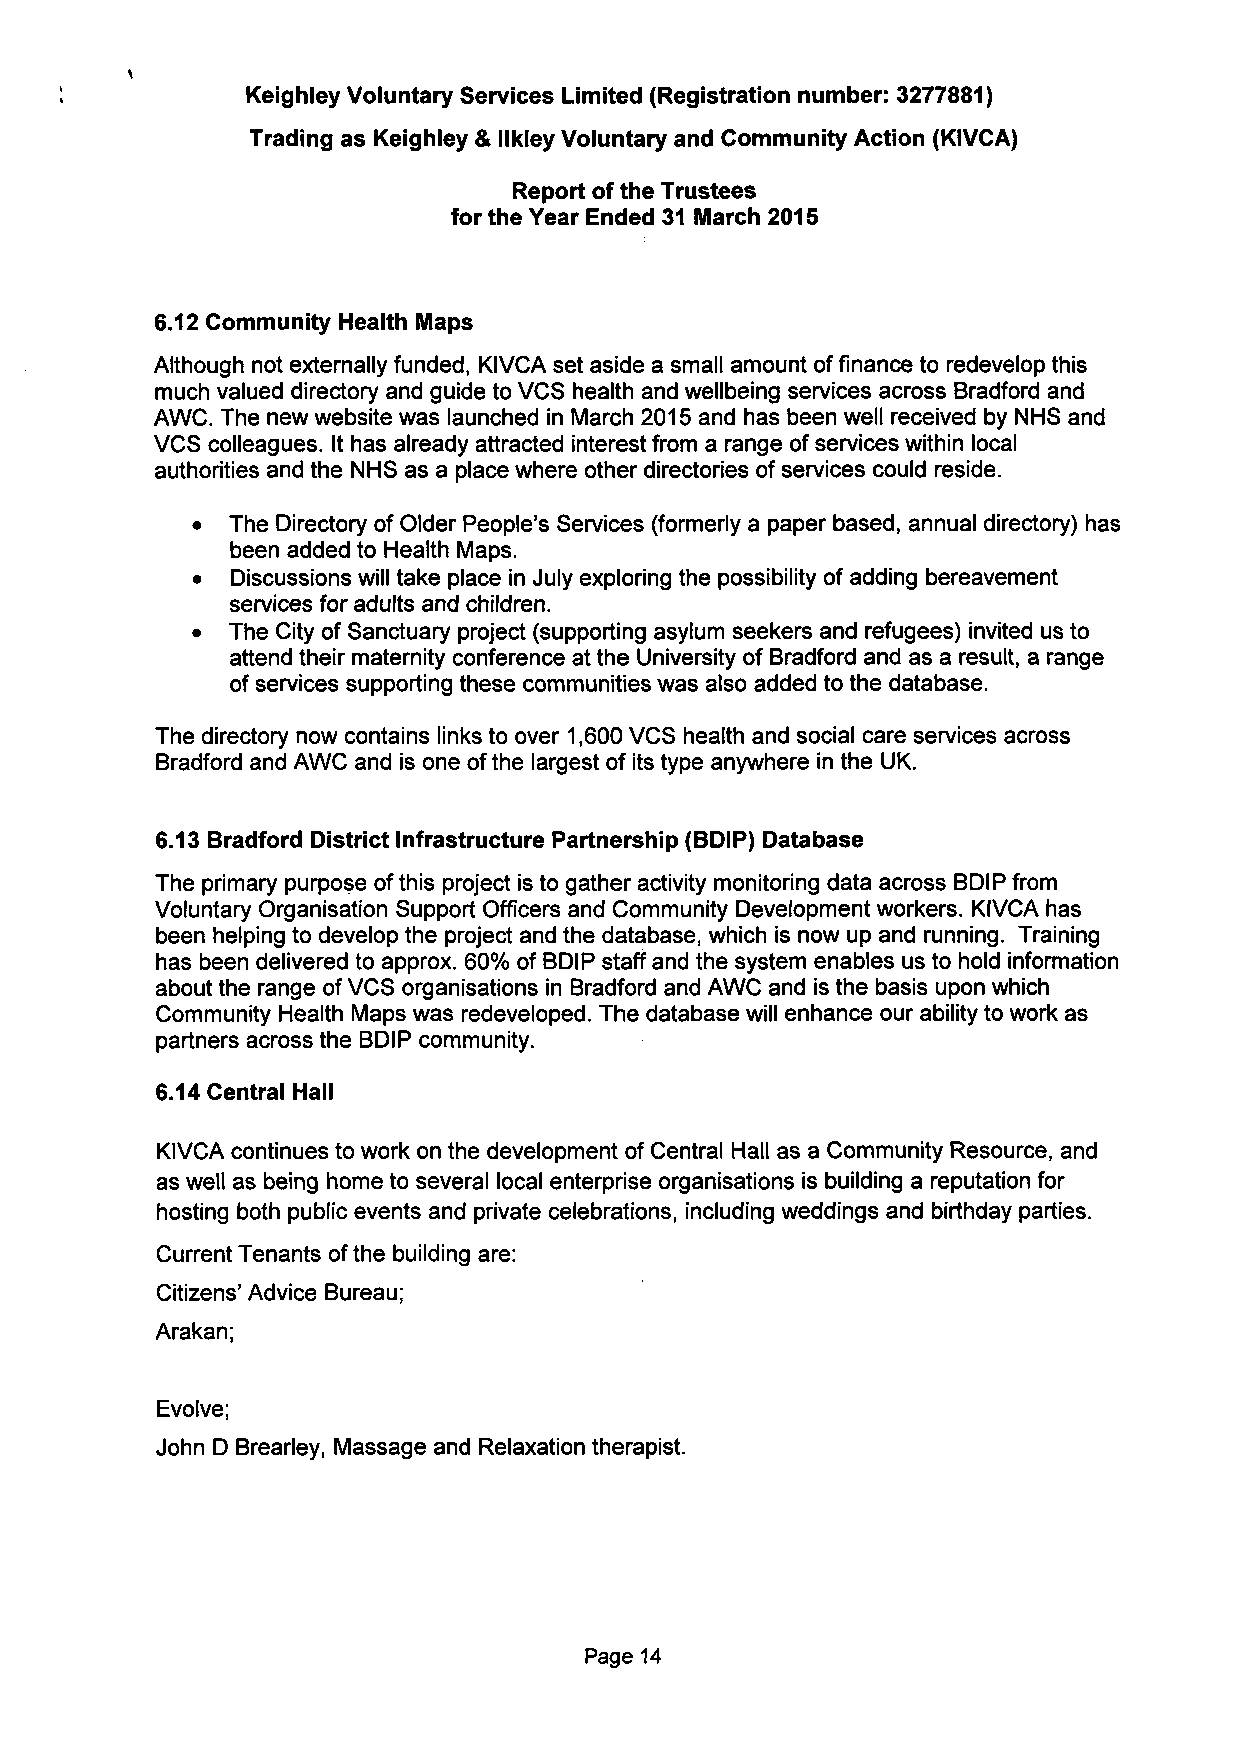
Keighley Voluntary Services Limited (Registration number: 3277881)
 Trading as Keighley & llkley Voluntary and Community Action (KIVCA)
 Report of the Trustees
 forthe Year Ended 31 March 2015
 6.12 Community Health Maps
 Although not externally funded, KIVCA set aside a small amount of finance to redevelop this
 much valued directory and guide to VCS health and wellbeing services across Bradford and
 AWC. The new website was launched in March 2015 and has been well received by NHS and
 VCS colleagues. It has already attracted interest from a range of services within local
 authorities and the NHS as a place where other directories of services could reside.
 • The Directory of Older People's Services (formerly a paper based, annual directory) has
 been added to Health Maps.
 • Discussions will take place in July exploring the possibility of adding bereavement
 services for adults and children.
 • The City of Sanctuary project (supporting asylum seekers and refugees) invited us to
 attend their maternity conference at the University of Bradford and as a result, a range
 of services supporting these communities was also added to the database.
 The directory now contains links to over 1,600 VCS health and social care services across
 Bradford and AWC and is one of the largest of its type anywhere in the UK.
 6.13 Bradford District Infrastructure Partnership (BDIP) Database
 The primary purpose ofthis project is to gather activity monitoring data across BDIP from
 Voluntary Organisation Support Officers and Community Development workers. KIVCA has
 been helping to develop the project and the database, which is now up and running. Training
 has been delivered to approx. 60% of BDIP staff and the system enables us to hold information
 about the range of VCS organisations in Bradford and AWC and is the basis upon which
 Community Health Maps was redeveloped. The database will enhance our ability to work as
 partners across the BDIP community.
 6.14 Central Hall
 KIVCA continues to work on the development of Central Hall as a Community Resource, and
 as well as being home to several local enterprise organisations is building a reputation for
 hosting both public events and private celebrations, including weddings and birthday parties.
 Current Tenants of the building are:
 Citizens' Advice Bureau;
 Arakan;
 Evolve;
 John D Brearley, Massage and Relaxation therapist.
 Page 14